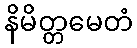
နိမိတ္တမေတံ